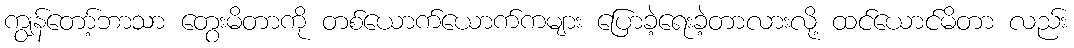
ကျွန်တော့်ဘာသာ တွေးမိတာကို တစ်ယောက်ယောက်ကများ ပြောခဲ့ရေးခဲ့တာလားလို့ ထင်ယောင်မိတာ လည်း